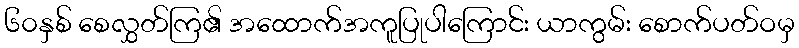
၆၀နှစ် စေလွှတ်ကြ၏ အထောက်အကူပြုပါကြောင်း ယာကွမ်း စောက်ပတ်ဝမှ